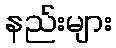
နည်းများ